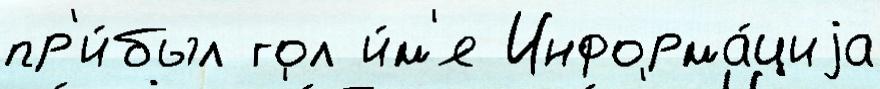
пр'и́был гол и́м'я Информа́циjа